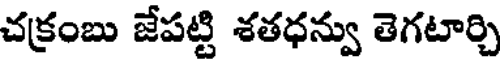
చక్రంబు జేపట్టి శతధన్వు తెగటార్చి